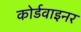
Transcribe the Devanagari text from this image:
कोर्डवाइनर